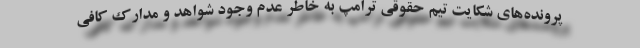
پرونده‌های شکایت تیم حقوقی ترامپ به خاطر عدم وجود شواهد و مدارک کافی